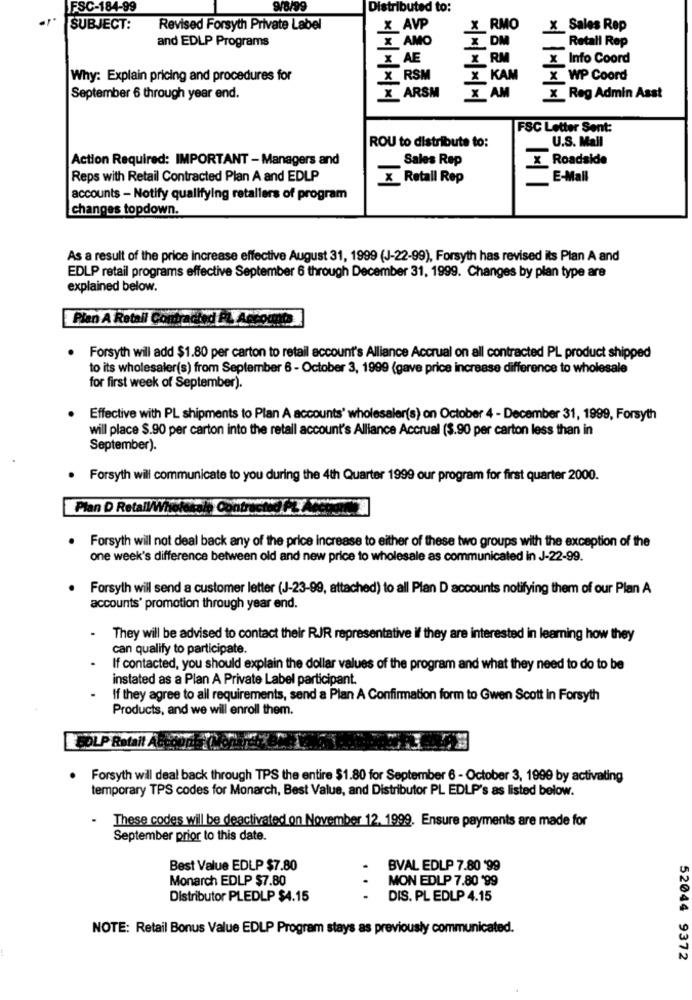
FSC-184-99
9/8/99
Distributed to:
SUBJECT:
Revised Forsyth Private Label
X AVP
X RMO
X Sales Rep
and EDLP Programs
X AMO
X DM
Retall Rep
X AE
X RM
X Info Coord
Why: Explain pricing and procedures for
X RSM
X KAM
X WP Coord
September 6 through year end.
X ARSM
X AM
X Reg Admin Asst
*|* * *
FSC Letter Sent:
U.S. Mail
ROU to distribute to:
Action Required: IMPORTANT - Managers and
Sales Rep
X Roadside
Reps with Retail Contracted Plan A and EDLP
X Retall Rep
E-Mall
accounts - Notify qualifying retailers of program
changes topdown.
As a result of the price Increase effective August 31, 1999 (J-22-99), Forsyth has revised its Plan A and
EDLP retail programs effective September 6 through December 31, 1999. Changes by plan type are
explained below.
Plan A Retall Co
Forsyth will add $1.80 per carton to retail account's Alliance Accrual on all contracted PL product shipped
to its wholesaler(s) from September 6 - October 3, 1999 (gave price increase difference to wholesale
for first week of September).
Effective with PL shipments to Plan A accounts' wholesaler(s) on October 4 - December 31, 1999, Forsyth
will place $.90 per carton into the retail account's Alliance Accrual ($.90 per carton less than in
September).
. Forsyth will communicate to you during the 4th Quarter 1999 our program for first quarter 2000.
Plan D Retail/Wholesale Contract
Forsyth will not deal back any of the price increase to either of these two groups with the exception of the
one week's difference between old and new price to wholesale as communicated in J-22-99.
Forsyth will send a customer letter (J-23-99, attached) to all Plan D accounts notifying them of our Plan A
accounts' promotion through year end.
.
They will be advised to contact their RJR representative if they are interested in learning how they
can qualify to participate.
.
If contacted, you should explain the dollar values of the program and what they need to do to be
instated as a Plan A Private Label participant.
If they agree to all requirements, send a Plan A Confirmation form to Gwen Scott In Forsyth
Products, and we will enroll them.
GOLP Rotalt A
Forsyth will deal back through TPS the entire $1.80 for September 6 - October 3, 1999 by activating
temporary TPS codes for Monarch, Best Value, and Distributor PL EDLP's as listed below.
These codes will be deactivated on November 12. 1999. Ensure payments are made for
September prior to this date.
Best Value EDLP $7.80
BVAL EDLP 7.80 '99
Monarch EDLP $7.80
MON EDLP 7.80 '99
Distributor PLEDLP $4.15
DIS. PL EDLP 4.15
NOTE: Retail Bonus Value EDLP Program stays as previously communicated.
52044 9372